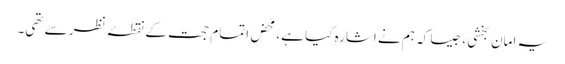
یہ امان بخشی، جیسا کہ ہم نے اشارہ کیا ہے، محض اتمام حجت کے نقطۂ نظر سے تھی۔